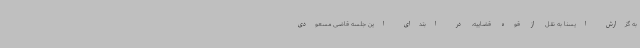
به گزارش ایسنا به نقل از قوه قضاییه، در ابتدای این جلسه قاضی مسعودی